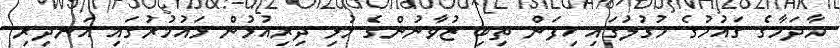
މާދަމާގެ ގައުމުގެ މުގުލުގައި ހިފަން ތިބި ޒުވާނުންގެ މުޅި ދިރިއުޅުން ޅައުމުރުގައި އަނދިރި